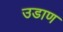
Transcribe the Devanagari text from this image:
उडाण